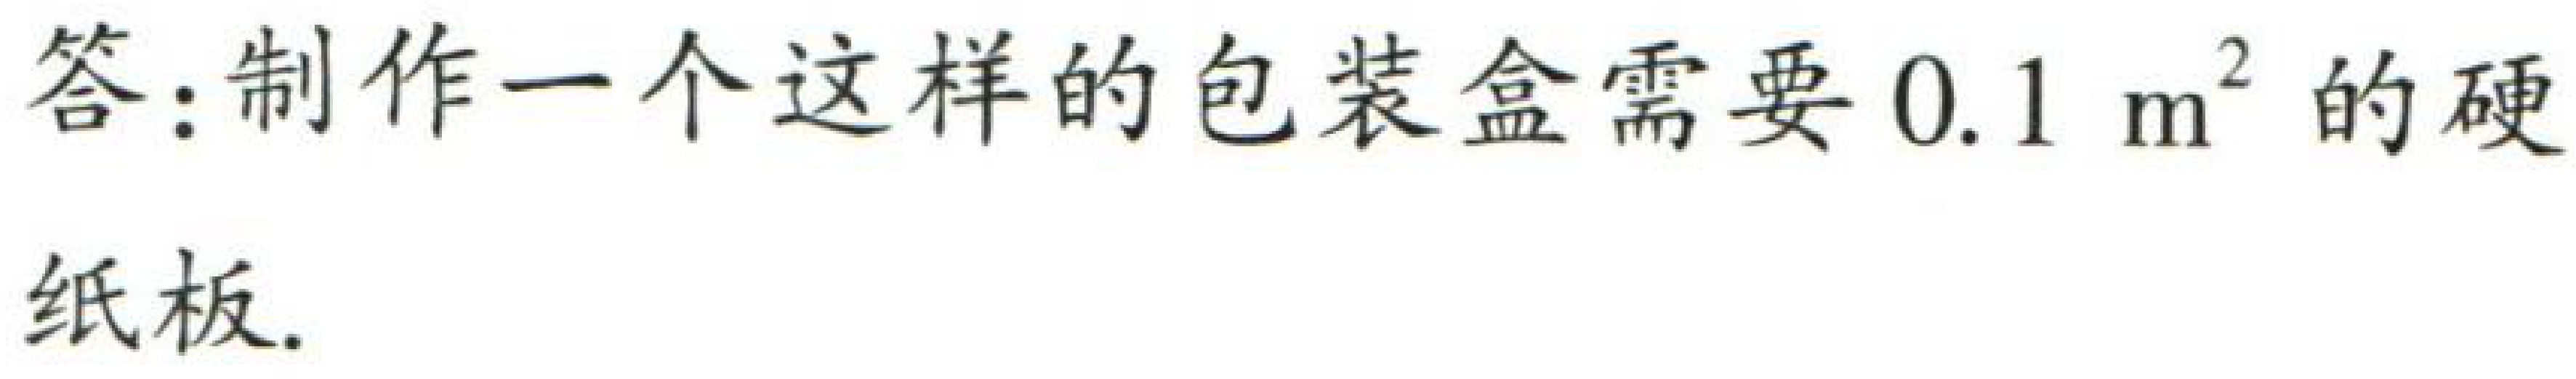
答：制作一个这样的包装盒需要 \(0.1\mathrm{ m}^2\) 的硬纸板.